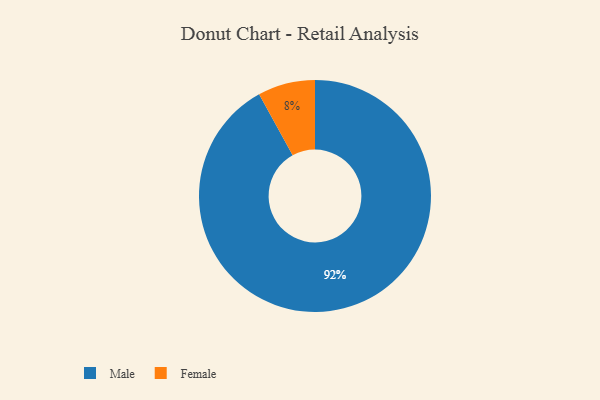
{"axis": {"x": "Category", "y": "Percentage"}, "legend": ["Female", "Male"], "data": [{"x": "Female", "y": 8, "type": "Female"}, {"x": "Male", "y": 92, "type": "Male"}]}